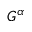
G ^ { \alpha }